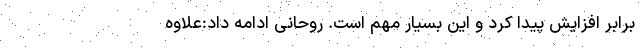
برابر افزایش پیدا کرد و این بسیار مهم است. روحانی ادامه داد:علاوه